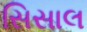
સિસાલ